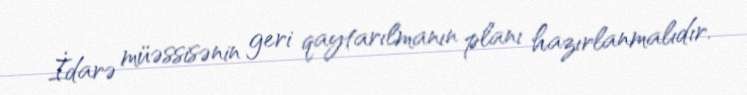
İdarə müəssisənin geri qaytarılmanın planı hazırlanmalıdır.